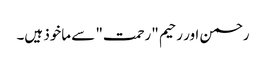
رحمن اور رحیم "رحمت" سے ماخوذ ہیں۔